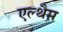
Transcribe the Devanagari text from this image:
एल्थैम